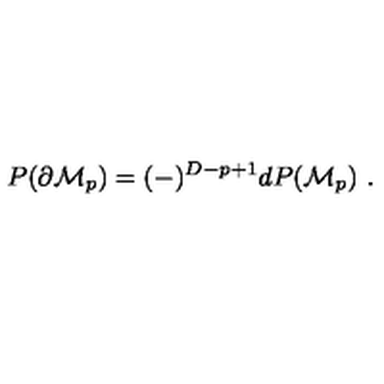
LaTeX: P ( \partial { \cal M } _ { p } ) = ( - ) ^ { D - p + 1 } d P ( { \cal M } _ { p } ) \ .